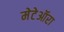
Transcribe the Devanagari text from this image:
मेटेऑरा